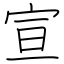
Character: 宣